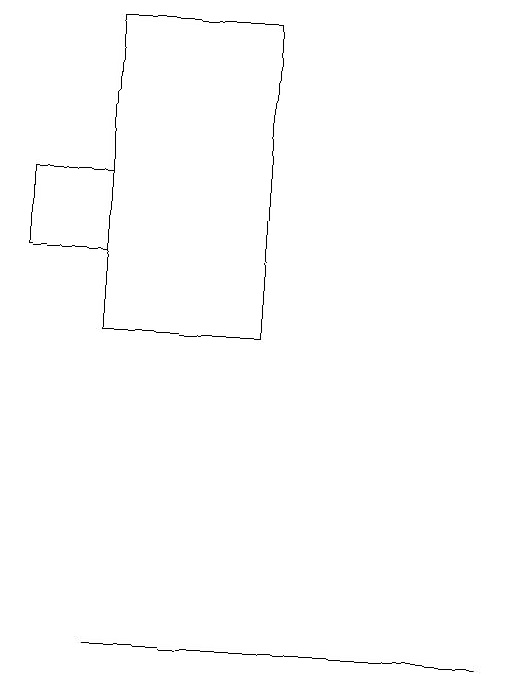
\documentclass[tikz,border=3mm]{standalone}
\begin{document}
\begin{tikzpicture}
\draw (5,15) rectangle (3,19);
\draw (3,16) rectangle (2,17);
\draw (3,11) rectangle (8,11);
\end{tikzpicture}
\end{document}